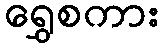
ရွှေစကား